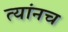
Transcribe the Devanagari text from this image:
त्यांनच